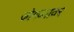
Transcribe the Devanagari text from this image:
जोगव्यावर